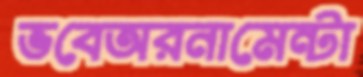
ভবেঅরনামেন্টা